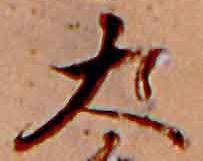
大